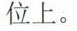
位上。